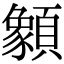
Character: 𩕓